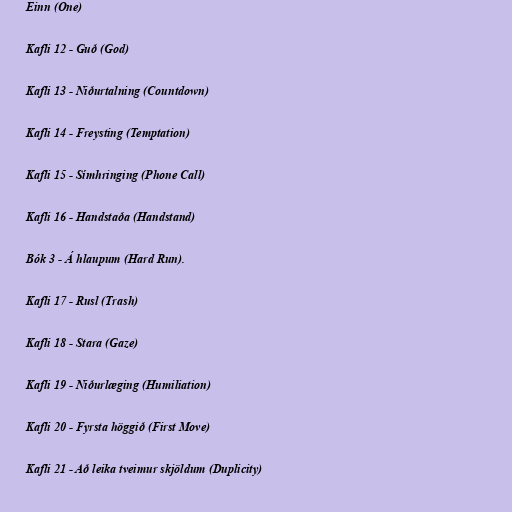
Einn (One)

Kafli 12 - Guð (God)

Kafli 13 - Niðurtalning (Countdown)

Kafli 14 - Freysting (Temptation)

Kafli 15 - Símhringing (Phone Call)

Kafli 16 - Handstaða (Handstand)

Bók 3 - Á hlaupum (Hard Run).

Kafli 17 - Rusl (Trash)

Kafli 18 - Stara (Gaze)

Kafli 19 - Niðurlæging (Humiliation)

Kafli 20 - Fyrsta höggið (First Move)

Kafli 21 - Að leika tveimur skjöldum (Duplicity)